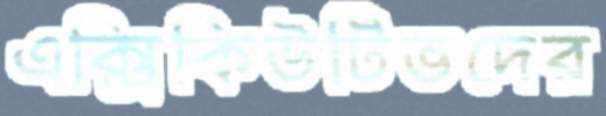
এক্সিকিউটিভদের